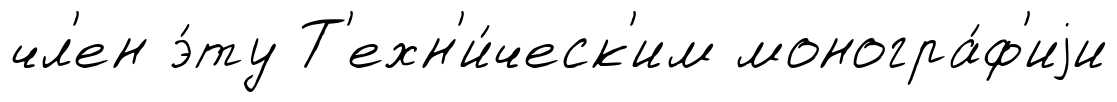
чл'ен э́ту Т'ехн'и́ческ'им моногра́ф'иjи